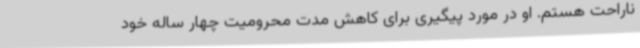
ناراحت هستم. او در مورد پیگیری برای کاهش مدت محرومیت چهار ساله خود